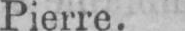
Pierre.